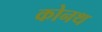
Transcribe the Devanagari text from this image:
कोनथ